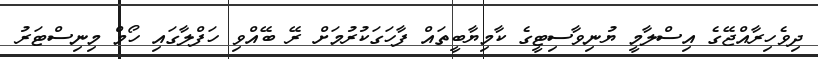
ދިވެހިރާއްޖޭގެ އިސްލާމީ ޔުނިވާސިޓީގެ ކާމިޔާބީތައް ފާހަގަކުރުމަށް ރޭ ބޭއްވި ހަފްލާގައި ހޯމް މިނިސްޓަރު